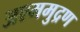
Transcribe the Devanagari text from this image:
अश्ममुद्रण